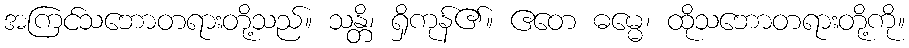
အကြင်သဘောတရားတို့သည်။ သန္တိ၊ ရှိကုန်၏။ ဧတေ ဓမ္မေ၊ ထိုသဘောတရားတို့ကို။